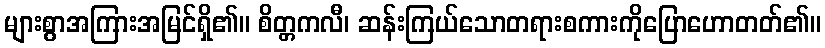
များစွာအကြားအမြင်ရှိ၏။ စိတ္တကလီ၊ ဆန်းကြယ်သောတရားစကားကိုပြောဟောတတ်၏။